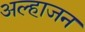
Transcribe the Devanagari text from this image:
अल्हाजन